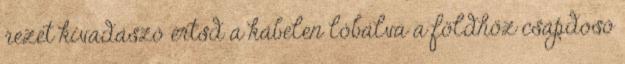
rezet kivadászó értsd a kábelen lóbálva a földhöz csapdosó